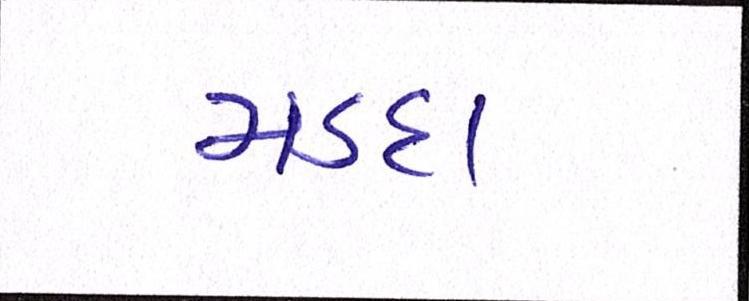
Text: મડદા